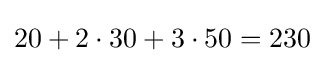
20+2\cdot 30+3\cdot 50=230